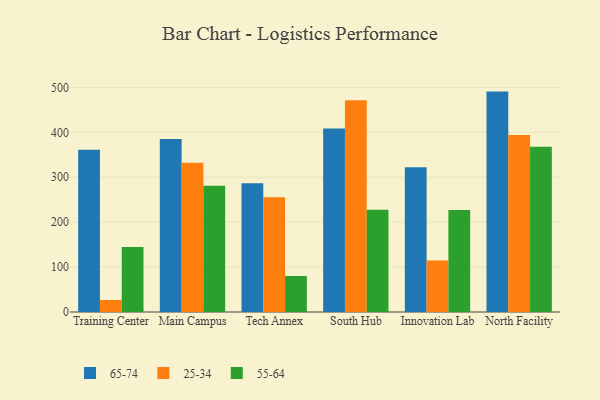
{"axis": {"x": "Campus", "y": "Active Users"}, "legend": ["25-34", "55-64", "65-74"], "data": [{"x": "Training Center", "y": 361.0, "type": "65-74"}, {"x": "Training Center", "y": 26.7, "type": "25-34"}, {"x": "Training Center", "y": 144.6, "type": "55-64"}, {"x": "Main Campus", "y": 385.3, "type": "65-74"}, {"x": "Main Campus", "y": 332.5, "type": "25-34"}, {"x": "Main Campus", "y": 280.9, "type": "55-64"}, {"x": "Tech Annex", "y": 286.8, "type": "65-74"}, {"x": "Tech Annex", "y": 255.3, "type": "25-34"}, {"x": "Tech Annex", "y": 80.2, "type": "55-64"}, {"x": "South Hub", "y": 408.6, "type": "65-74"}, {"x": "South Hub", "y": 471.3, "type": "25-34"}, {"x": "South Hub", "y": 227.5, "type": "55-64"}, {"x": "Innovation Lab", "y": 322.3, "type": "65-74"}, {"x": "Innovation Lab", "y": 114.9, "type": "25-34"}, {"x": "Innovation Lab", "y": 227.0, "type": "55-64"}, {"x": "North Facility", "y": 490.6, "type": "65-74"}, {"x": "North Facility", "y": 394.2, "type": "25-34"}, {"x": "North Facility", "y": 367.9, "type": "55-64"}]}